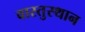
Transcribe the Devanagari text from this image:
वास्तुस्थान